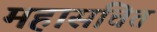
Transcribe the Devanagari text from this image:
महासचित